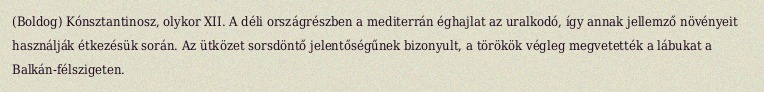
(Boldog) Kónsztantinosz, olykor XII. A déli országrészben a mediterrán éghajlat az uralkodó, így annak jellemző növényeit használják étkezésük során. Az ütközet sorsdöntő jelentőségűnek bizonyult, a törökök végleg megvetették a lábukat a Balkán-félszigeten.